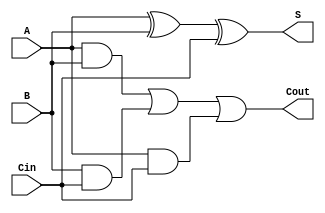
module tg_full_adder(
    input wire A,
    input wire B,
    input wire Cin,
    output wire S,
    output wire Cout
);

// Internal wires for intermediate results
wire A_and_B;
wire B_and_Cin;
wire A_and_Cin;
wire A_xor_B;
wire A_xor_B_xor_Cin;

// Transmission Gate for AND operations
assign A_and_B = A & B;       // A AND B
assign B_and_Cin = B & Cin;   // B AND Cin
assign A_and_Cin = A & Cin;   // A AND Cin

// Final Cout using OR logic for carry-out
assign Cout = A_and_B | B_and_Cin | A_and_Cin;

// Transmission Gate implementation for Sum (S)
assign A_xor_B = (A ^ B);
assign S = A_xor_B ^ Cin;

endmodule